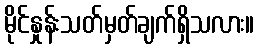
မိုင်နှုန်းသတ်မှတ်ချက်ရှိသလား။